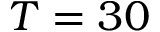
T = 3 0